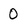
Character: 0